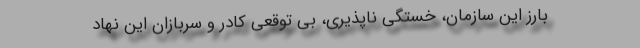
بارز این سازمان، خستگی ناپذیری، بی توقعی کادر و سربازان این نهاد